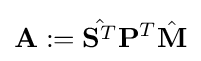
\mathbf {A} :={\hat {\mathbf {S} ^{T}}}\mathbf {P} ^{T}{\hat {\mathbf {M} }}